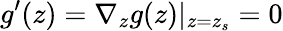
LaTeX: g^{\prime}(z)=\nabla_{z}g(z)|_{z=z_{s}}=0